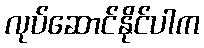
လုပ်ဆောင်နိုင်ပါက